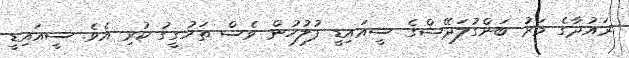
ރައުދާގެ މަރު ބަންގުލަދޭޝްގެ ސީއައިޑީ ފުލުހުން ވެސް ތަހުގީގު ކުރި އެވެ. ސީއައިޑީ